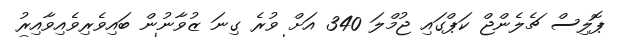
ޕޮލިސް ޗެލެންޖް ކަޕްގައި ޖުމްލަ 340 އަށް ވުރެ ގިނަ ޒުވާނުން ބައިވެރިވެއިވާއިރު